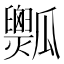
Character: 𤬡